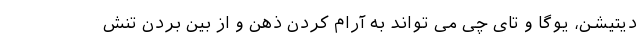
دیتیشن، یوگا و تای چی می تواند به آرام کردن ذهن و از بین بردن تنش